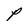
Character: P